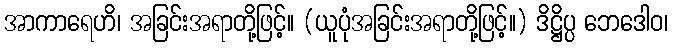
အာကာရေဟိ၊ အခြင်းအရာတို့ဖြင့်။ (ယူပုံအခြင်းအရာတို့ဖြင့်။) ဒိဋ္ဌိပ္ပ ဘေဒေါဝ၊